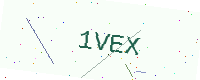
Text: 1VEX